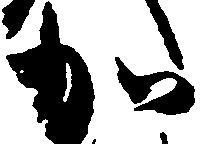
加